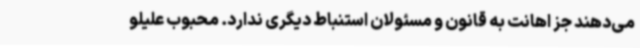
می‌دهند جز اهانت به قانون و مسئولان استنباط دیگری ندارد. محبوب علیلو